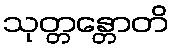
သုတ္တန္တောတိ